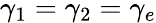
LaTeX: \gamma_{1}=\gamma_{2}=\gamma_{e}